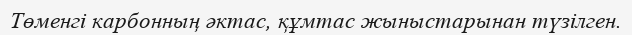
Төменгі карбонның әктас, құмтас жыныстарынан түзілген.